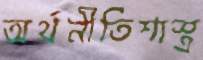
অর্থনীতিশাস্ত্র